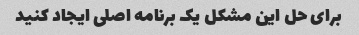
برای حل این مشکل یک برنامه اصلی ایجاد کنید